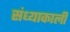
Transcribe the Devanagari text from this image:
संध्याकाली